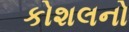
કોશલનો